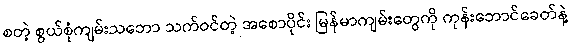
စတဲ့ စွယ်စုံကျမ်းသဘော သက်ဝင်တဲ့ အစောပိုင်း မြန်မာကျမ်းတွေကို ကုန်းဘောင်ခေတ်နဲ့